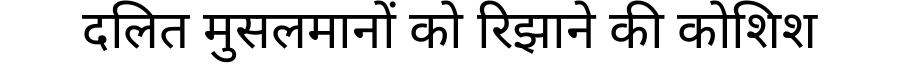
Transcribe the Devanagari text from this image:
दलित मुसलमानों को रिझाने की कोशिश